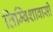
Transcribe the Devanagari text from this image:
तिम्बिशावासी